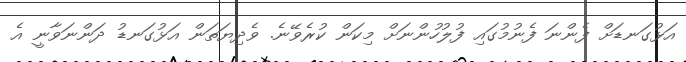
އަޅުގަނޑަށް ފެންނަ ފެނުމުގައި ފުލުހުންނަށް މިކަން ކުރެވޭނެ. ވެދިޔަތަން އަޅުގަނޑު ދަންނަވާނީ އެ